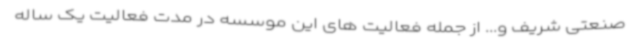
صنعتی شریف و... از جمله فعالیت های این موسسه در مدت فعالیت یک ساله